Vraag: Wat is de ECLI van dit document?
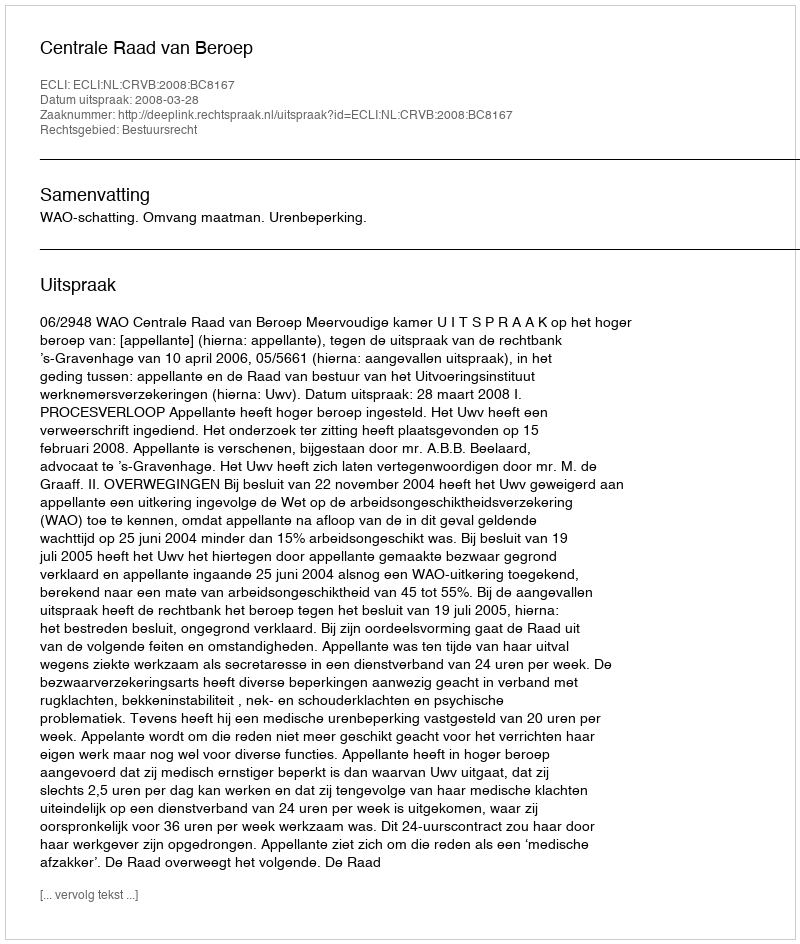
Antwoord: ECLI:NL:CRVB:2008:BC8167